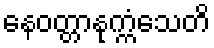
နေဝတ္တာနုက္ကံသေတိ